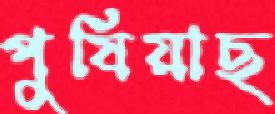
পুষিয়াছ